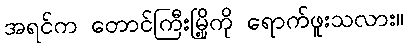
အရင်က တောင်ကြီးမြို့ကို ရောက်ဖူးသလား။